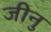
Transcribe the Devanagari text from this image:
जीनु